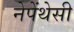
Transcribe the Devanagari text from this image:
नेपेंथेसी